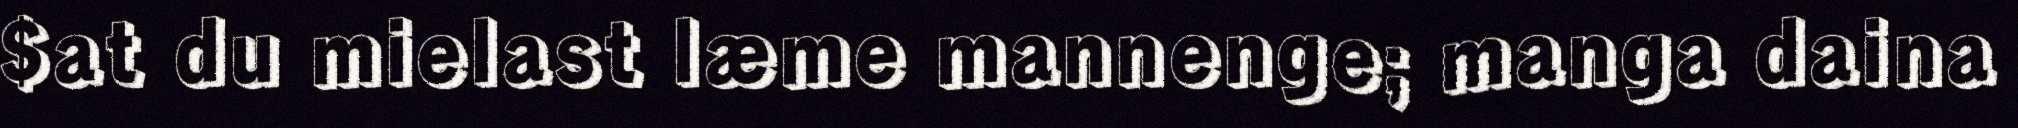
$at du mielast læme mannenge; manga daina